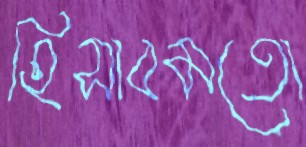
হিসাবমতো